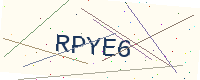
Text: RPYE6